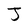
Character: J